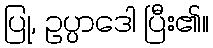
ပြု, ဥပ္ပာဒေါ ပြီး၏။